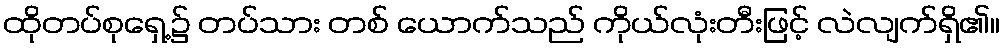
ထိုတပ်စုရှေ့၌ တပ်သား တစ် ယောက်သည် ကိုယ်လုံးတီးဖြင့် လဲလျက်ရှိ၏။